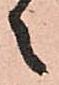
々